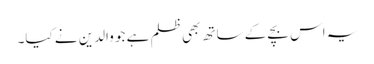
یہ اس بچے کے ساتھ بھی ظلم ہے جو والدین نے کیا۔